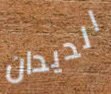
الديدان